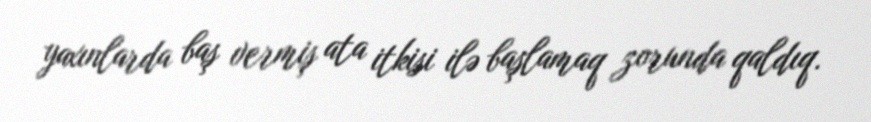
yaxınlarda baş vermiş ata itkisi ilə başlamaq zorunda qaldıq.